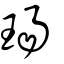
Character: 瑒